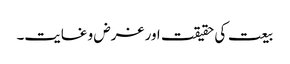
بیعت کی حقیقت اور غرض و غایت۔